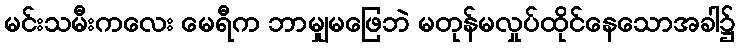
မင်းသမီးကလေး မေရီက ဘာမျှမဖြေဘဲ မတုန်မလှုပ်ထိုင်နေသောအခါ၌